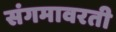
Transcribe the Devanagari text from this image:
संगमावरती